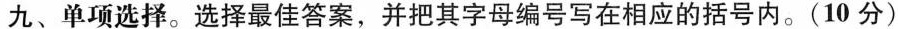
九、单项选择。选择最佳答案，并把其字母编号写在相应的括号内。(10分)